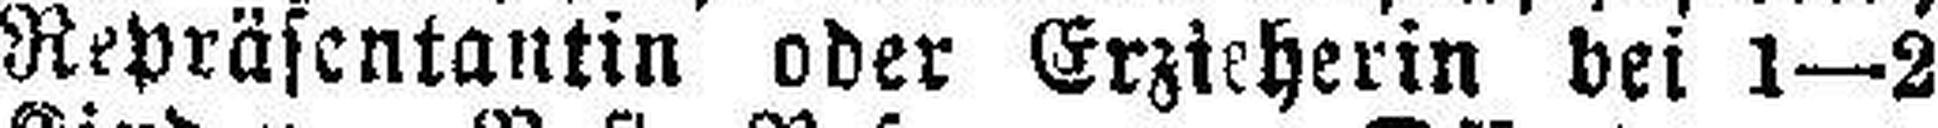
Repräsentantin oder Erzieherin bei 1—2